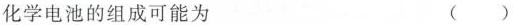
化学电池的组成可能为 ()